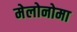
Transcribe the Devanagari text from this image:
मेलोनोमा